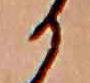
か